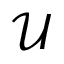
\mathcal { U }